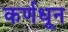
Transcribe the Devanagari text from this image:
कर्णधून